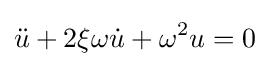
{\ddot {u}}+2\xi \omega {\dot {u}}+\omega ^{2}u=0